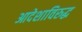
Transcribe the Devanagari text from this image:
आदेशाविरुद्ध